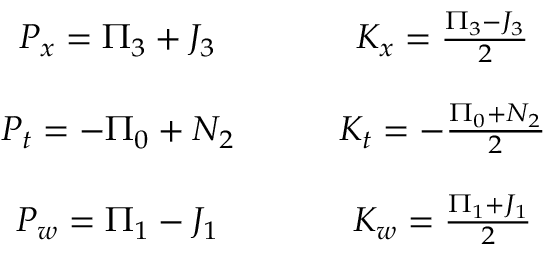
\begin{array} { c c } { { P _ { x } = \Pi _ { 3 } + J _ { 3 } \qquad } } & { { K _ { x } = \frac { \Pi _ { 3 } - J _ { 3 } } { 2 } } } \\ { { \null } } & { { \null } } \\ { { P _ { t } = - \Pi _ { 0 } + N _ { 2 } \qquad } } & { { K _ { t } = - \frac { \Pi _ { 0 } + N _ { 2 } } { 2 } } } \\ { { \null } } & { { \null } } \\ { { P _ { w } = \Pi _ { 1 } - J _ { 1 } \qquad } } & { { K _ { w } = \frac { \Pi _ { 1 } + J _ { 1 } } { 2 } } } \end{array}